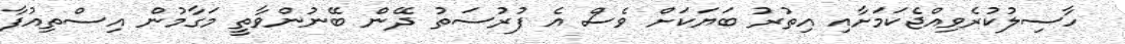
ހާސިލުކުރެވިއްޖެކަމަށާއި އިތުރު ބަޔަކަށް ވެސް އެ ފުރުސަތު ދޭން ބޭނުންވާތީ މަގާމުން އިސްތިއުފާ